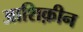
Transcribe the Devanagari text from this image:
आशिक़ीन